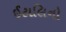
ઈટાલિનો